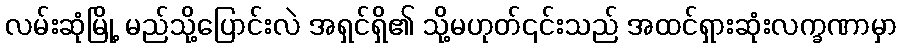
လမ်းဆုံမြို့ မည်သို့ပြောင်းလဲ အရှင်ရှိ၏ သို့မဟုတ်၎င်းသည် အထင်ရှားဆုံးလက္ခဏာမှာ